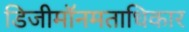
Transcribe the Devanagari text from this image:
डिजीमॉनमताधिकार